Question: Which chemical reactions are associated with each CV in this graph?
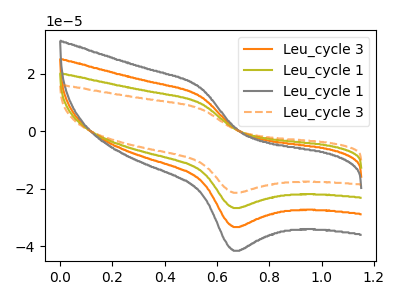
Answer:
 <answer>The orange curve is labeled "Leu_cycle 3". The olive curve is labeled "Leu_cycle 1". The gray curve is labeled "Leu_cycle 1". The orange dashed curve is labeled "Leu_cycle 3".</answer>
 <eval></eval>